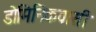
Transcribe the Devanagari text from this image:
डोमिनिकवासी